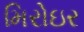
મિરોઇર